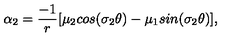
\alpha _ { 2 } = \frac { - 1 } { r } [ \mu _ { 2 } c o s ( \sigma _ { 2 } \theta ) - \mu _ { 1 } s i n ( \sigma _ { 2 } \theta ) ] ,